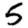
Digit: 5